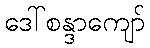
ဒေါ်စန္ဒာကျော်